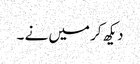
دیکھ کر میں نے ۔